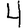
Digit: 4